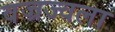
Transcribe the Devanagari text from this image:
वज्रज्वला